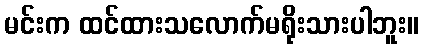
မင်းက ထင်ထားသလောက်မရိုးသားပါဘူး။